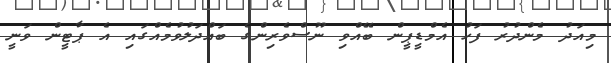
މިއަދު މެންދުރު ފަހު އެމްޑީޕީން ބޭއްވި ނޫސްވެރިންގެ ބައްދަލުވުމެއްގައި އެ ޕާޓީން ވަނީ